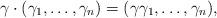
LaTeX: \begin{align*} \gamma \cdot (\gamma_1, \ldots, \gamma_n) = (\gamma\gamma_1, \ldots, \gamma_n), \end{align*}